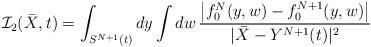
LaTeX: \begin{align*}\mathcal{I}_2(\bar X, t)= \int_{S^{N+1}(t)} d y \int d w \, \frac{ \left| f_0^N( y,w) - f_0^{N+1}( y, w) \right|}{|\bar X - Y^{N+1}(t)|^{2}} \, \end{align*}